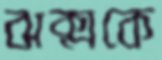
ঝক্‌মকে